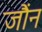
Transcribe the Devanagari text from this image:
जौंन